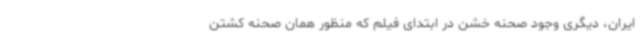
ایران، دیگری وجود صحنه خشن در ابتدای فیلم که منظور همان صحنه کشتن